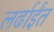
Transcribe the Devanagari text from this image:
लर्ढाईंत